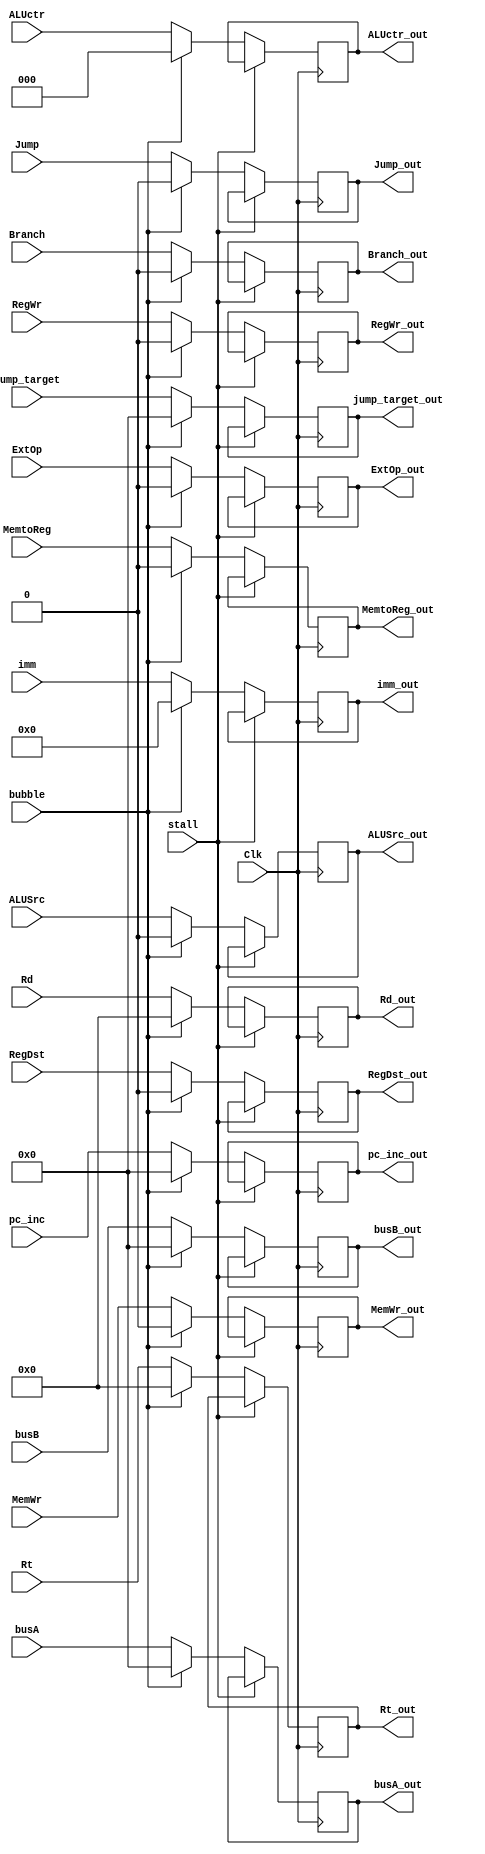
module id_reg(
        // input
        input               Clk,
        input               stall,
        input               bubble,
        input               ExtOp,
        input               ALUSrc,
        input       [2:0]   ALUctr,
        input               RegDst,
        input               MemWr,
        input               Branch,
        input               MemtoReg,
        input               RegWr,
        input       [4:0]   Rt,
        input       [4:0]   Rd,
        input       [31:0]  busA,
        input       [31:0]  busB,
        input       [15:0]  imm,
        input       [31:0]  pc_inc,
        input               Jump,
        input       [31:0]  jump_target,
        // output
        output  reg         ExtOp_out,
        output  reg         ALUSrc_out,
        output  reg [2:0]   ALUctr_out,
        output  reg         RegDst_out,
        output  reg         MemWr_out,
        output  reg         Branch_out,
        output  reg         MemtoReg_out,
        output  reg         RegWr_out,
        output  reg [4:0]   Rt_out,
        output  reg [4:0]   Rd_out,
        output  reg [31:0]  busA_out,
        output  reg [31:0]  busB_out,
        output  reg [15:0]  imm_out,
        output  reg [31:0]  pc_inc_out,
        output  reg         Jump_out,
        output  reg [31:0]  jump_target_out
    );

    parameter RNONE = 0;

    always @ (posedge Clk) begin
        if (stall == 1'b1) begin
            ExtOp_out       <= ExtOp_out;
            ALUSrc_out      <= ALUSrc_out;
            ALUctr_out      <= ALUctr_out;
            RegDst_out      <= RegDst_out;
            Branch_out      <= Branch_out;
            MemWr_out       <= MemWr_out;
            MemtoReg_out    <= MemtoReg_out;
            RegWr_out       <= RegWr_out;
            Rt_out          <= Rt_out;
            Rd_out          <= Rd_out;
            busA_out        <= busA_out;
            busB_out        <= busB_out;
            imm_out         <= imm_out;
            pc_inc_out      <= pc_inc_out;
            Jump_out        <= Jump_out;
            jump_target_out <= jump_target_out;
        end
        else if (bubble == 1'b1) begin
            ExtOp_out       <= RNONE;
            ALUSrc_out      <= RNONE;
            ALUctr_out      <= RNONE;
            RegDst_out      <= RNONE;
            Branch_out      <= RNONE;
            MemWr_out       <= RNONE;
            MemtoReg_out    <= RNONE;
            RegWr_out       <= RNONE;
            Rt_out          <= RNONE;
            Rd_out          <= RNONE;
            busA_out        <= RNONE;
            busB_out        <= RNONE;
            imm_out         <= RNONE;
            pc_inc_out      <= RNONE;
            Jump_out        <= RNONE;
            jump_target_out <= RNONE;
        end
        else begin
            ExtOp_out       <= ExtOp;
            ALUSrc_out      <= ALUSrc;
            ALUctr_out      <= ALUctr;
            RegDst_out      <= RegDst;
            Branch_out      <= Branch;
            MemWr_out       <= MemWr;
            MemtoReg_out    <= MemtoReg;
            RegWr_out       <= RegWr;
            Rt_out          <= Rt;
            Rd_out          <= Rd;
            busA_out        <= busA;
            busB_out        <= busB;
            imm_out         <= imm;
            pc_inc_out      <= pc_inc;
            Jump_out        <= Jump;
            jump_target_out <= jump_target;
        end
    end

    initial begin
        ExtOp_out       <= RNONE;
        ALUSrc_out      <= RNONE;
        ALUctr_out      <= RNONE;
        RegDst_out      <= RNONE;
        Branch_out      <= RNONE;
        MemWr_out       <= RNONE;
        MemtoReg_out    <= RNONE;
        RegWr_out       <= RNONE;
        Rt_out          <= RNONE;
        Rd_out          <= RNONE;
        busA_out        <= RNONE;
        busB_out        <= RNONE;
        imm_out         <= RNONE;
        pc_inc_out      <= RNONE;
        Jump_out        <= RNONE;
        jump_target_out <= RNONE;
    end

endmodule